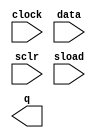
// megafunction wizard: %LPM_COUNTER%VBB%
// GENERATION: STANDARD
// VERSION: WM1.0
// MODULE: LPM_COUNTER 

// ============================================================
// Megafunction Name(s):
// 			LPM_COUNTER
//
// Simulation Library Files(s):
// 			lpm
// ============================================================
// ************************************************************
// THIS IS A WIZARD-GENERATED FILE. DO NOT EDIT THIS FILE!
//
// 22.1std.1 Build 917 02/14/2023 SC Lite Edition
// ************************************************************

//Copyright (C) 2023  Intel Corporation. All rights reserved.
//Your use of Intel Corporation's design tools, logic functions 
//and other software and tools, and any partner logic 
//functions, and any output files from any of the foregoing 
//(including device programming or simulation files), and any 
//associated documentation or information are expressly subject 
//to the terms and conditions of the Intel Program License 
//Subscription Agreement, the Intel Quartus Prime License Agreement,
//the Intel FPGA IP License Agreement, or other applicable license
//agreement, including, without limitation, that your use is for
//the sole purpose of programming logic devices manufactured by
//Intel and sold by Intel or its authorized distributors.  Please
//refer to the applicable agreement for further details, at
//https://fpgasoftware.intel.com/eula.

module PC_counter (
	clock,
	data,
	sclr,
	sload,
	q);

	input	  clock;
	input	[15:0]  data;
	input	  sclr;
	input	  sload;
	output	[15:0]  q;

endmodule

// ============================================================
// CNX file retrieval info
// ============================================================
// Retrieval info: PRIVATE: ACLR NUMERIC "0"
// Retrieval info: PRIVATE: ALOAD NUMERIC "0"
// Retrieval info: PRIVATE: ASET NUMERIC "0"
// Retrieval info: PRIVATE: ASET_ALL1 NUMERIC "1"
// Retrieval info: PRIVATE: CLK_EN NUMERIC "0"
// Retrieval info: PRIVATE: CNT_EN NUMERIC "0"
// Retrieval info: PRIVATE: CarryIn NUMERIC "0"
// Retrieval info: PRIVATE: CarryOut NUMERIC "0"
// Retrieval info: PRIVATE: Direction NUMERIC "0"
// Retrieval info: PRIVATE: INTENDED_DEVICE_FAMILY STRING "Cyclone V"
// Retrieval info: PRIVATE: ModulusCounter NUMERIC "0"
// Retrieval info: PRIVATE: ModulusValue NUMERIC "0"
// Retrieval info: PRIVATE: SCLR NUMERIC "1"
// Retrieval info: PRIVATE: SLOAD NUMERIC "1"
// Retrieval info: PRIVATE: SSET NUMERIC "0"
// Retrieval info: PRIVATE: SSET_ALL1 NUMERIC "1"
// Retrieval info: PRIVATE: SYNTH_WRAPPER_GEN_POSTFIX STRING "0"
// Retrieval info: PRIVATE: nBit NUMERIC "16"
// Retrieval info: PRIVATE: new_diagram STRING "1"
// Retrieval info: LIBRARY: lpm lpm.lpm_components.all
// Retrieval info: CONSTANT: LPM_DIRECTION STRING "UP"
// Retrieval info: CONSTANT: LPM_PORT_UPDOWN STRING "PORT_UNUSED"
// Retrieval info: CONSTANT: LPM_TYPE STRING "LPM_COUNTER"
// Retrieval info: CONSTANT: LPM_WIDTH NUMERIC "16"
// Retrieval info: USED_PORT: clock 0 0 0 0 INPUT NODEFVAL "clock"
// Retrieval info: USED_PORT: data 0 0 16 0 INPUT NODEFVAL "data[15..0]"
// Retrieval info: USED_PORT: q 0 0 16 0 OUTPUT NODEFVAL "q[15..0]"
// Retrieval info: USED_PORT: sclr 0 0 0 0 INPUT NODEFVAL "sclr"
// Retrieval info: USED_PORT: sload 0 0 0 0 INPUT NODEFVAL "sload"
// Retrieval info: CONNECT: @clock 0 0 0 0 clock 0 0 0 0
// Retrieval info: CONNECT: @data 0 0 16 0 data 0 0 16 0
// Retrieval info: CONNECT: @sclr 0 0 0 0 sclr 0 0 0 0
// Retrieval info: CONNECT: @sload 0 0 0 0 sload 0 0 0 0
// Retrieval info: CONNECT: q 0 0 16 0 @q 0 0 16 0
// Retrieval info: GEN_FILE: TYPE_NORMAL PC_counter.v TRUE
// Retrieval info: GEN_FILE: TYPE_NORMAL PC_counter.inc FALSE
// Retrieval info: GEN_FILE: TYPE_NORMAL PC_counter.cmp FALSE
// Retrieval info: GEN_FILE: TYPE_NORMAL PC_counter.bsf FALSE
// Retrieval info: GEN_FILE: TYPE_NORMAL PC_counter_inst.v FALSE
// Retrieval info: GEN_FILE: TYPE_NORMAL PC_counter_bb.v TRUE
// Retrieval info: LIB_FILE: lpm